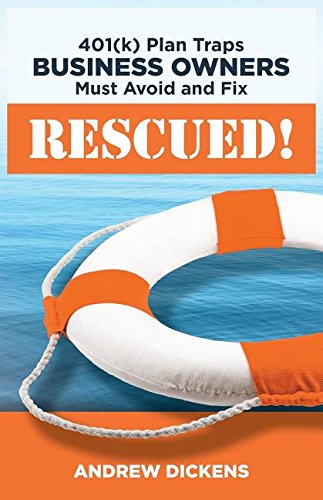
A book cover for RESCUED!: 401(k) Plan Traps Business Owners Must Avoid and Fix; Andrew Dickens; Business & Money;